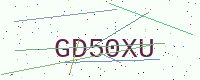
Text: GD50XU